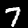
Label: 7